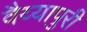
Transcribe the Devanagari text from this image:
वैय्यापुरी